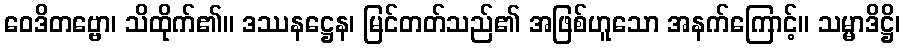
ဝေဒိတဗ္ဗော၊ သိထိုက်၏။ ဒဿနဋ္ဌေန၊ မြင်တတ်သည်၏ အဖြစ်ဟူသော အနက်ကြောင့်။ သမ္မာဒိဋ္ဌိ၊